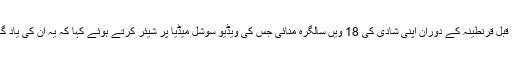
ندا اور یاسر نے دو روز قبل قرنطینہ کے دوران اپنی شادی کی 18 ویں سالگرہ منائی جس کی ویڈیو سوشل میڈیا پر شیئر کرتے ہوئے کہا کہ یہ ان کی یاد گار شادی کی سالگرہ ہے۔